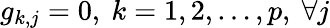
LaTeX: g_{k,j}=0,\ k=1,2,\ldots,p,\ \forall j